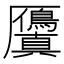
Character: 𭆘